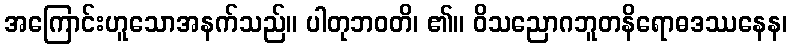
အကြောင်းဟူသောအနက်သည်။ ပါတုဘဝတိ၊ ၏။ ဝိသညောဂဘူတနိရောဓဒဿနေန၊